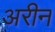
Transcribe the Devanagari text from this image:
अरीन